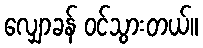
လျှောခန် ဝင်သွားတယ်။